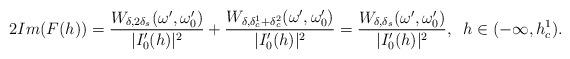
LaTeX: \begin{align*}2 Im(F(h)) = \frac{W_{\delta,2\delta_s}(\omega',\omega_0')}{|I'_0(h)|^2} + \frac{W_{\delta,\delta_c^1+\delta_c^2}(\omega',\omega_0')}{|I'_0(h)|^2}= \frac{W_{\delta,\delta_s}(\omega',\omega_0')}{|I'_0(h)|^2}, \;\; h \in (-\infty,h_c^1) .\end{align*}